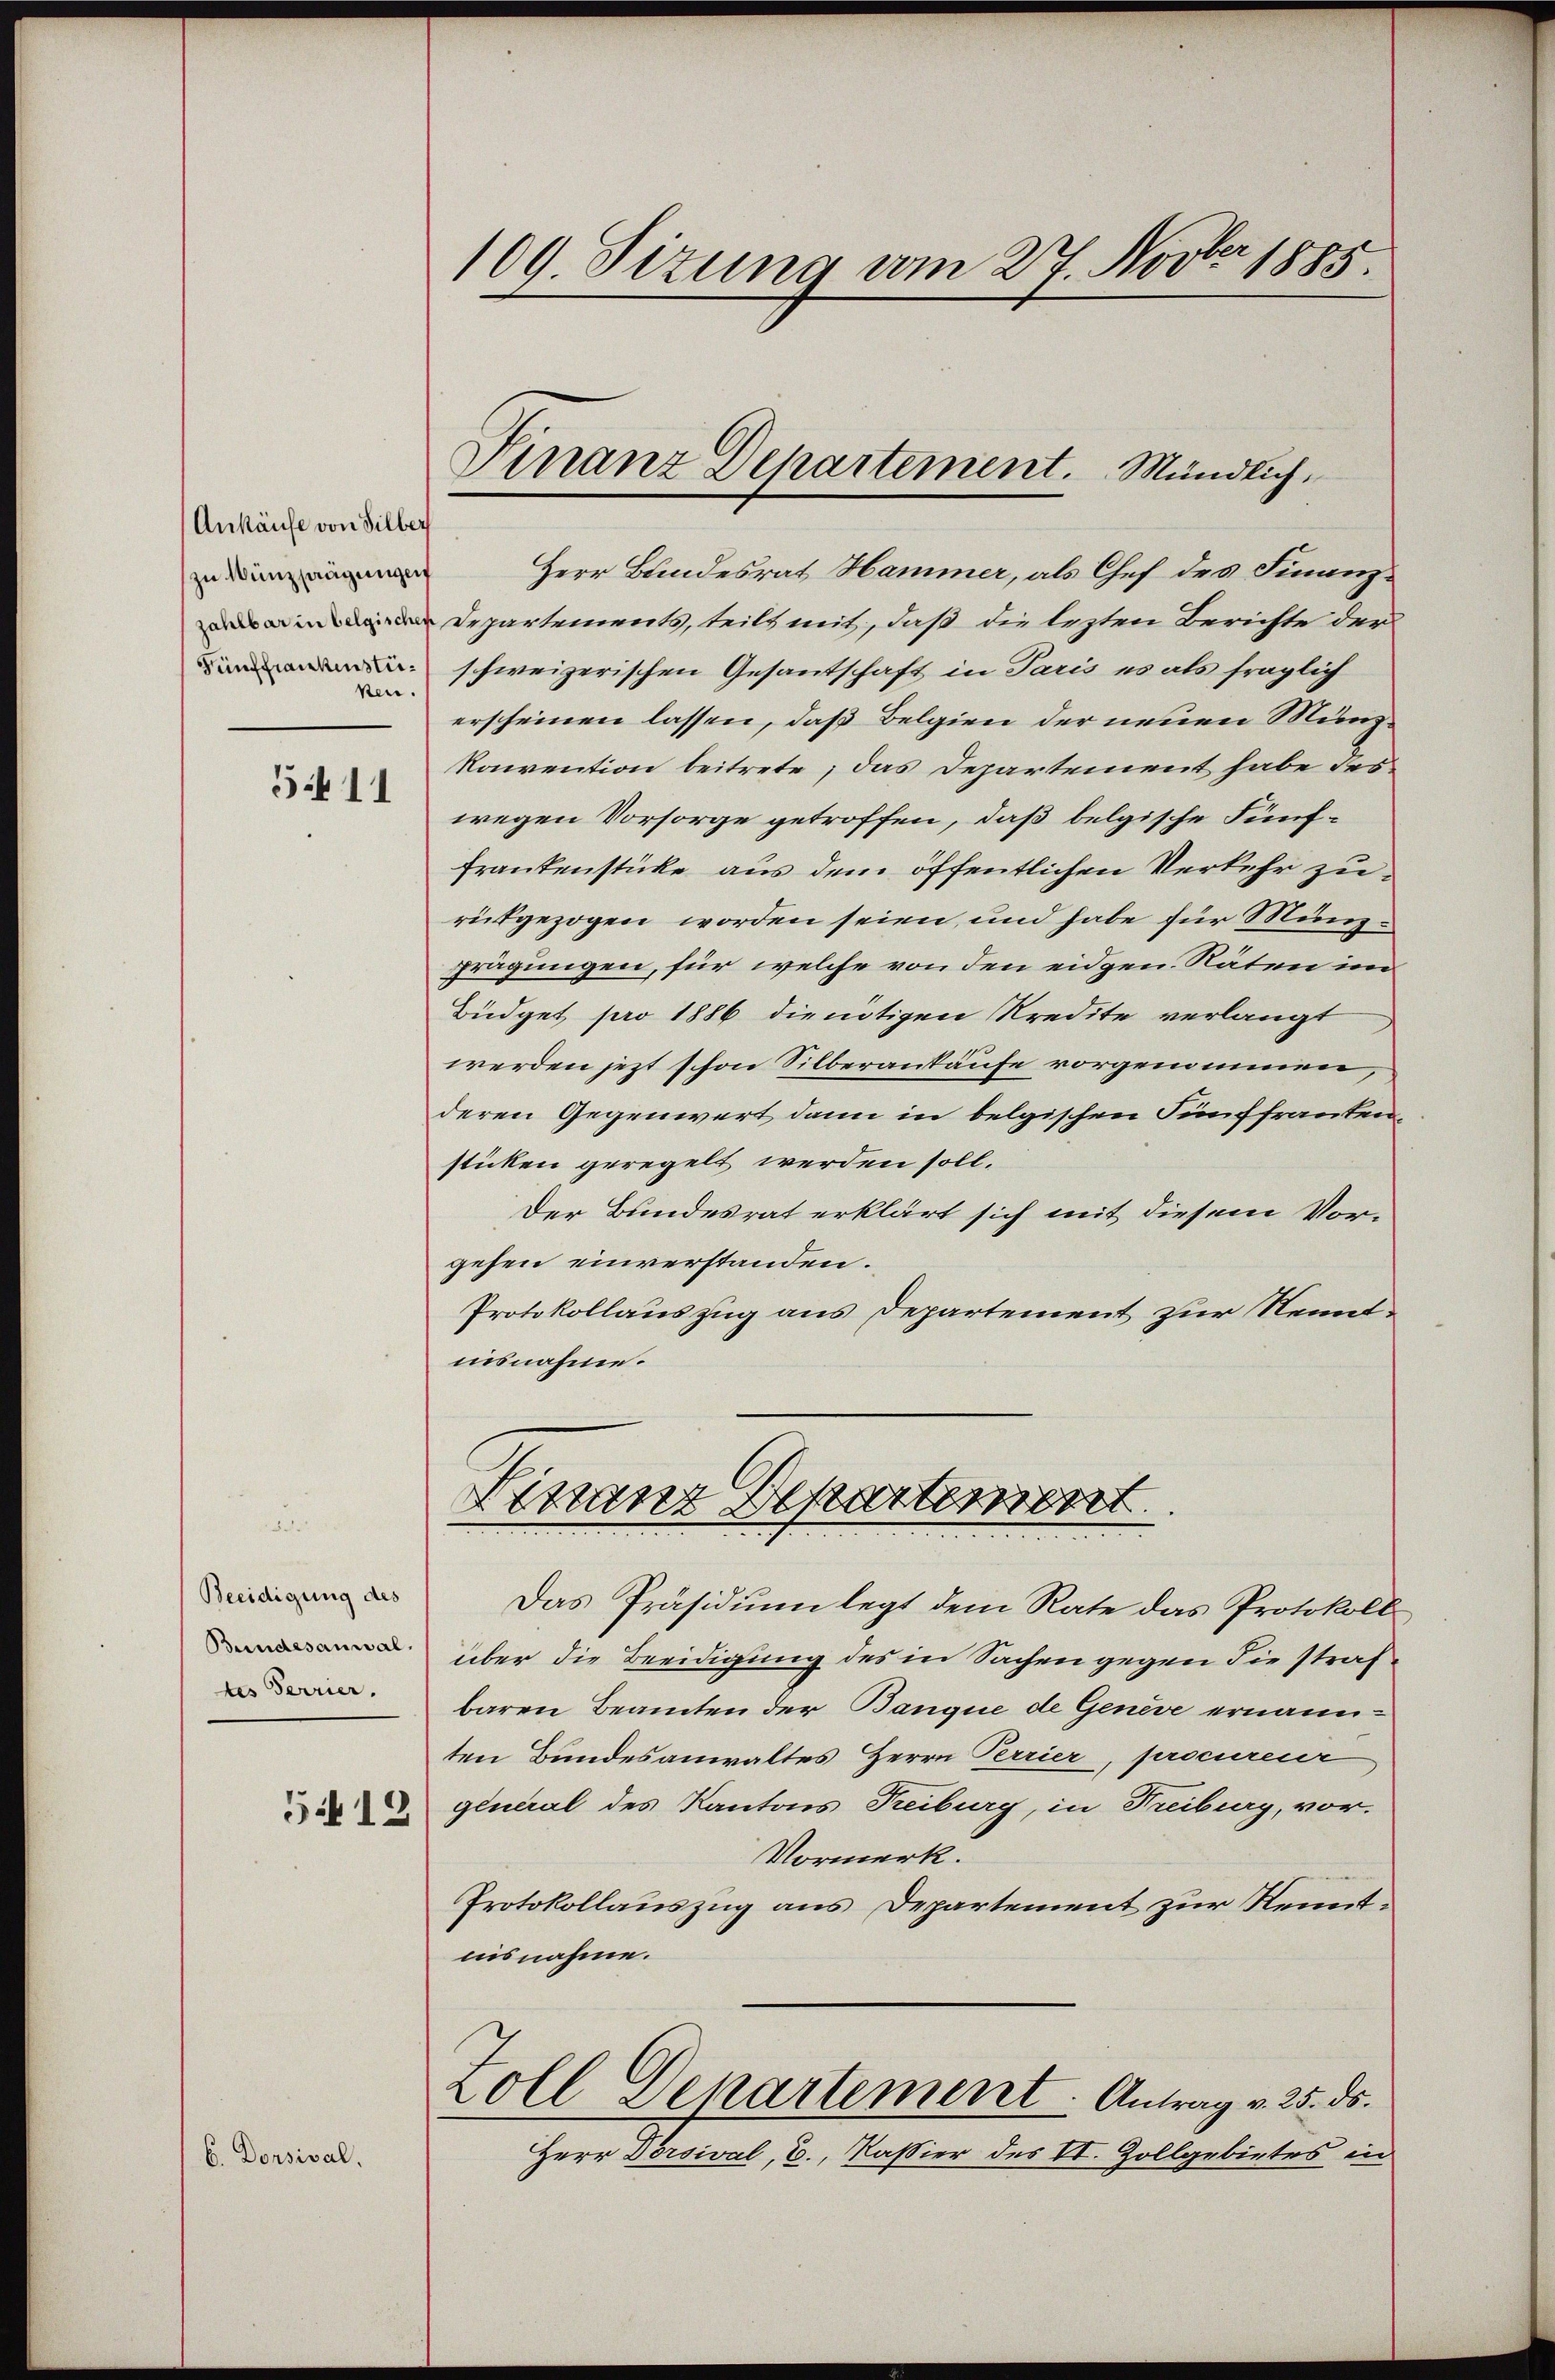
Ankäufe von Silber
zu Münzsaagungen
Fünffrankenstüken.

6. Dorsival.

5411

Beeidigung des
Bundesanwal
tes Terrier.
5412

109. Situng vom 27. Novber 1885.

Herr Bundesrat Hammer, als Chef des Finanz¬
Departements, teils mit, daß die lezten Berichte der
schweizerischen Gesantschaft in Paris es als fraglich
erscheinen lassen, daß Belgien der neuen Münz¬
Konvention beitrete; das Departement habe des
wegen Vorsorge getroffen, daß belgische Fünf¬
Frankenstücke aus dem öffentlichen Verkehr zurückgezogen worden seien, und habe für Münzprägungen, für welche von den eidgen. Räten im
Büdget pro 1886 die nötigen Kredite verlangt
werden jezt schon Silberantäufe vorgenommen,
deren Gegenwert dann in belgischen Fünffrantensticken geregelt werden soll.
Der Bundesrat erklärt sich mit diesem Vorgehen einverstanden.
Protokollauszug aus Departement zur Nenntiisnahme.
Finanz Departement
Das Präsidium legt dem Rate das Protokoll
über die Beeidigung des in Sachen gegen die strafbaren Beamten der Banque de Genève ernannten Bundesanwaltes Herrn Perrier, procureur
general des Kantons Treiburg, in Treiburg, vor.
Vormerk.
Protokollauszug aus Departement zur Kenntnisnahme.
Zoll Departement. Antrag v. 25. ds.
Herr Dorsival, E., Kaßier des II. Zollgebietes in

Finanz Departement. Mündlich